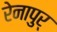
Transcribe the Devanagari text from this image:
रेनापुर्